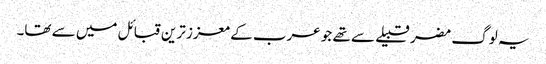
یہ لوگ مضر قبیلے سے تھے جو عرب کے معزز ترین قبائل میں سے تھا۔